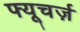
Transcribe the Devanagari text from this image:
फ्यूचर्ज़